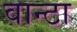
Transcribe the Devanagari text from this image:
वान्टा